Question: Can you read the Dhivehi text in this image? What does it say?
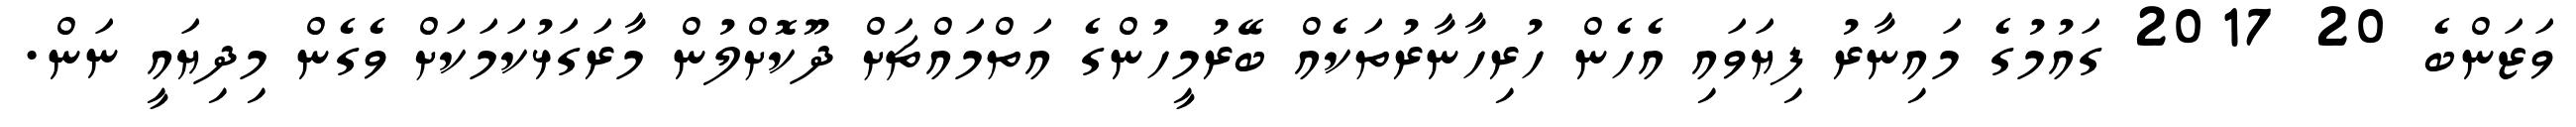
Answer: ވަޒަންބެ 20 2017 ގައުމުގެ މައިނާރު ފިޔަވައި އެހެން ހުރިހާނާރުތަކެއް ބޭރުމީހުންގެ އަތްމައްޗަށް ދޫކޮށްލުން މާރަގަޅުކަމަކަށް ވެގެން މިދިޔައީ ނަން.